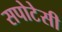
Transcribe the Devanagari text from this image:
सपोटेसी